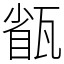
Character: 㼳